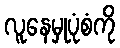
လူနေမှုပုံစံကို